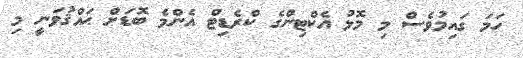
ހަމަ ގައިމުވެސް މި މޮޅު އެކްޓިންގެ ކްރެޑިޓް އެންމެ ބޮޑަށް ޙައްޤުވަނީ މި